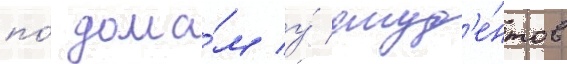
по́ дома́м у́ студ'е́нтов